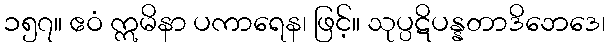
၁၅၇။ ဧဝံ ဣမိနာ ပကာရေန၊ ဖြင့်။ သုပ္ပဋိပန္နတာဒိဘေဒေ၊